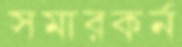
সমারকর্ন